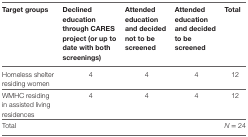
<table><thead><tr><td><b>Target groups</b></td><td><b>Declined education through CARES project (or up to date with both screenings)</b></td><td><b>Attended education and decided not to be screened</b></td><td><b>Attended education and decided to be screened</b></td><td><b>Total</b></td></tr></thead><tbody><tr><td>Homeless shelter residing women</td><td>4</td><td>4</td><td>4</td><td>12</td></tr><tr><td>WMHC residing in assisted living residences</td><td>4</td><td>4</td><td>4</td><td>12</td></tr><tr><td>Total</td><td></td><td></td><td></td><td><i>N</i> = 24</td></tr></tbody></table>